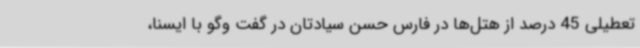
تعطیلی 45 درصد از هتل‌ها در فارس حسن سیادتان در گفت وگو با ایسنا،